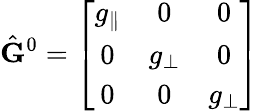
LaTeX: \hat{\mathbf{G}}^{0}=\left[\begin{array}{ccc}{g_{\parallel}}&{0}&{0}\\ {0}&{g_{\perp}}&{0}\\ {0}&{0}&{g_{\perp}}\end{array}\right]